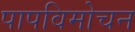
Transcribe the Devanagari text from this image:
पापविमोचन